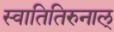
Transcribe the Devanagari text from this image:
स्वातितिरुनाल्